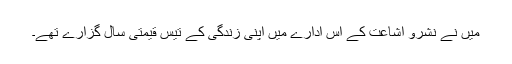
میں نے نشرو اشاعت کے اس ادارے میں اپنی زندگی کے تیس قیمتی سال گزارے تھے۔